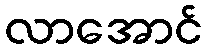
လာအောင်